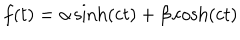
LaTeX: f ( t ) = { \alpha } \sinh ( c t ) + { \beta } \cosh ( c t )